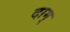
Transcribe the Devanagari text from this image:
दाम्